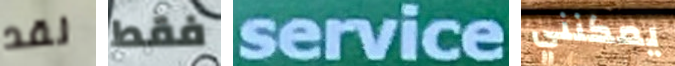
لقد فقط service يمكنني